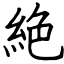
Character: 絶